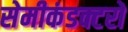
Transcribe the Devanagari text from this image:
सेमीकंडक्टरों